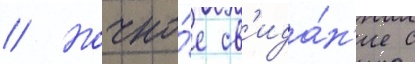
// Ночно́е св'ида́н'ие с